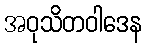
အဝုသိတဝါဒေန